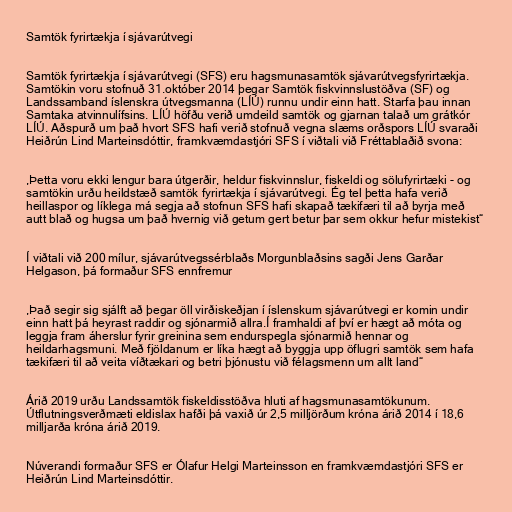
Samtök fyrirtækja í sjávarútvegi

Samtök fyrirtækja í sjávarútvegi (SFS) eru hagsmunasamtök sjávarútvegsfyrirtækja.
Samtökin voru stofnuð 31.október 2014 þegar Samtök fiskvinnslustöðva (SF) og
Landssamband íslenskra útvegsmanna (LÍÚ) runnu undir einn hatt. Starfa þau innan
Samtaka atvinnulífsins. LÍÚ höfðu verið umdeild samtök og gjarnan talað um grátkór
LÍÚ. Aðspurð um það hvort SFS hafi verið stofnuð vegna slæms orðspors LÍÚ svaraði
Heiðrún Lind Marteinsdóttir, framkvæmdastjóri SFS í viðtali við Fréttablaðið svona:

,Þetta voru ekki lengur bara útgerðir, heldur fiskvinnslur, fiskeldi og sölufyrirtæki - og
samtökin urðu heildstæð samtök fyrirtækja í sjávarútvegi. Ég tel þetta hafa verið
heillaspor og líklega má segja að stofnun SFS hafi skapað tækifæri til að byrja með
autt blað og hugsa um það hvernig við getum gert betur þar sem okkur hefur mistekist“

Í viðtali við 200 mílur, sjávarútvegssérblaðs Morgunblaðsins sagði Jens Garðar
Helgason, þá formaður SFS ennfremur

,Það segir sig sjálft að þegar öll virðiskeðjan í íslenskum sjávarútvegi er komin undir
einn hatt þá heyrast raddir og sjónarmið allra.Í fram­haldi af því er hægt að móta og
leggja fram áhersl­ur fyr­ir grein­ina sem end­ur­spegla sjón­ar­mið henn­ar og
heild­ar­hags­muni. Með fjöld­an­um er líka hægt að byggja upp öfl­ugri sam­tök sem hafa
tæki­færi til að veita víðtæk­ari og betri þjón­ustu við fé­lags­menn um allt land“

Árið 2019 urðu Landssamtök fiskeldisstöðva hluti af hagsmunasamtökunum.
Útflutningsverðmæti eldislax hafði þá vaxið úr 2,5 milljörðum króna árið 2014 í 18,6
milljarða króna árið 2019.

Núverandi formaður SFS er Ólafur Helgi Marteinsson en framkvæmdastjóri SFS er
Heiðrún Lind Marteinsdóttir.